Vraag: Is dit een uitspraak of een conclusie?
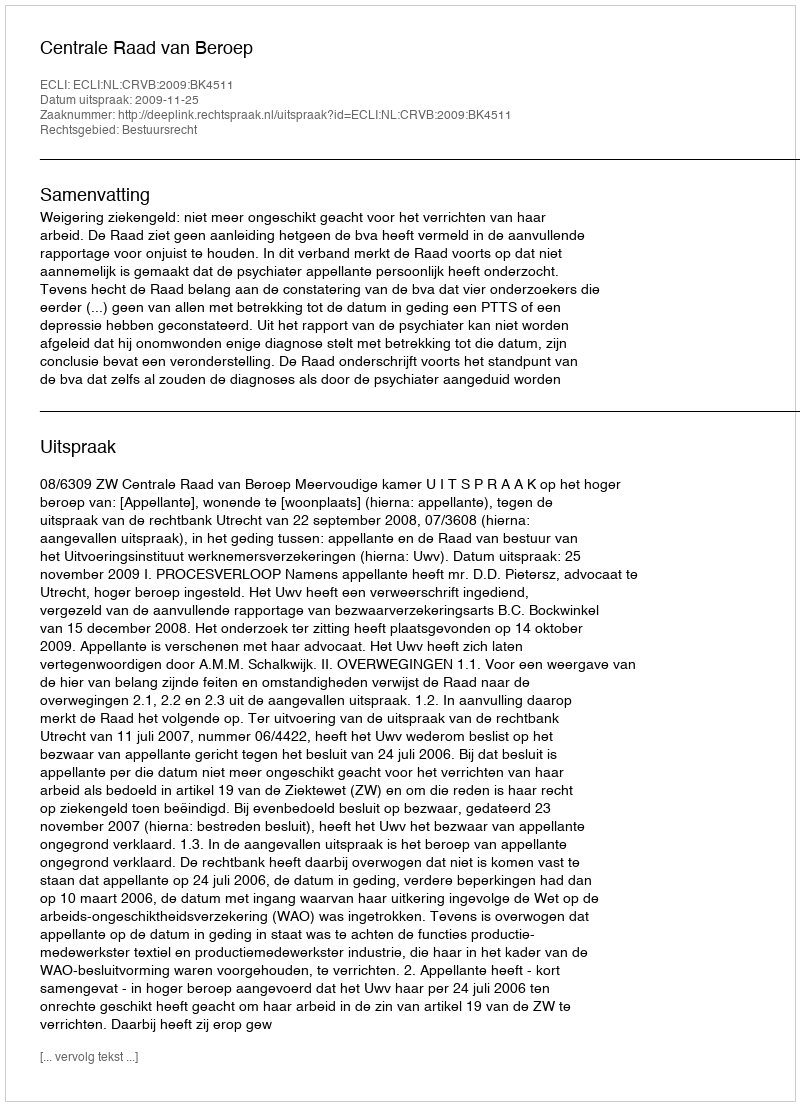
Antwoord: Uitspraak